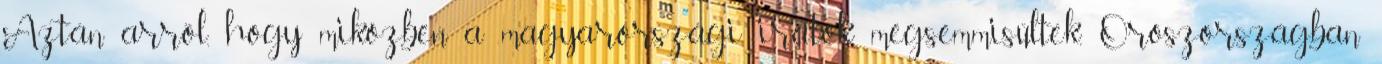
Aztán arról, hogy miközben a magyarországi iratok megsemmisültek, Oroszországban